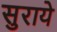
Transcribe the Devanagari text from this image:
सुराये